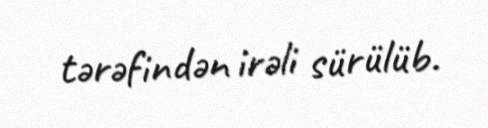
tərəfindən irəli sürülüb.